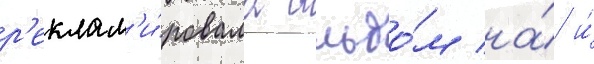
р'еклам'и́ровала альбо́м на́ и́